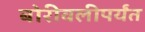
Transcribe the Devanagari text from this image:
बोरीवलीपर्यंत